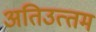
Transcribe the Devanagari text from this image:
अतिउत्‍तम